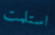
استلمت